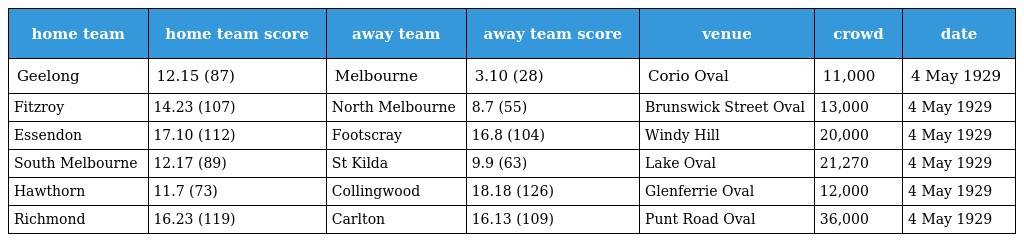
| home team | home team score | away team | away team score | venue | crowd | date |
 | --- | --- | --- | --- | --- | --- | --- |
 | Geelong | 12.15 (87) | Melbourne | 3.10 (28) | Corio Oval | 11,000 | 4 May 1929 |
 | Fitzroy | 14.23 (107) | North Melbourne | 8.7 (55) | Brunswick Street Oval | 13,000 | 4 May 1929 |
 | Essendon | 17.10 (112) | Footscray | 16.8 (104) | Windy Hill | 20,000 | 4 May 1929 |
 | South Melbourne | 12.17 (89) | St Kilda | 9.9 (63) | Lake Oval | 21,270 | 4 May 1929 |
 | Hawthorn | 11.7 (73) | Collingwood | 18.18 (126) | Glenferrie Oval | 12,000 | 4 May 1929 |
 | Richmond | 16.23 (119) | Carlton | 16.13 (109) | Punt Road Oval | 36,000 | 4 May 1929 |